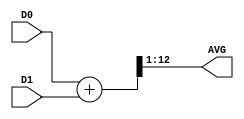
module avg2(
	input [11:0] D0,
	input [11:0] D1,
	output [11:0] AVG
);


wire [12:0] sum;
assign sum = (D0+D1);
assign AVG = sum[12:1];

	
	
endmodule